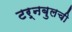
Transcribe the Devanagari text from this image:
टर्नबुलची